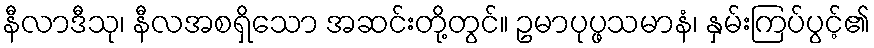
နီလာဒီသု၊ နီလအစရှိသော အဆင်းတို့တွင်။ ဥမာပုပ္ဖသမာနံ၊ နှမ်းကြပ်ပွင့်၏